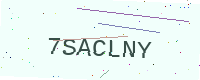
Text: 7SACLNY